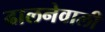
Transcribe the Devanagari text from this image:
ढालनेवाली